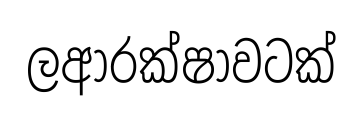
ලආරක්ෂාවටක්